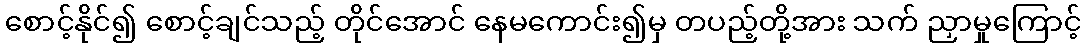
စောင့်နိုင်၍ စောင့်ချင်သည့် တိုင်အောင် နေမကောင်း၍မှ တပည့်တို့အား သက် ညှာမှုကြောင့်